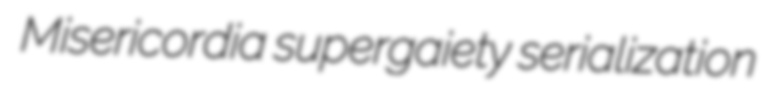
Misericordia supergaiety serialization